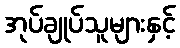
အုပ်ချုပ်သူများနှင့်